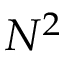
N ^ { 2 }